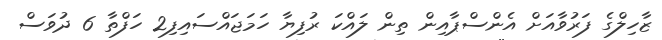
ޒާހިލްގެ ފަރުވާއަށް އެންސްޕާއިން ތިން ލައްކަ ރުފިޔާ ހަމަޖައްސައިފި2 ހަފްތާ 6 ދުވަސް